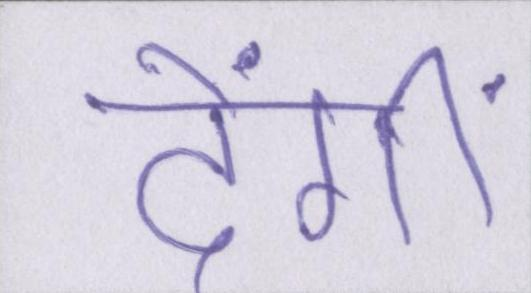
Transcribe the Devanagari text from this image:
देंगीं